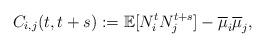
LaTeX: \begin{align*}{C}_{i,j}(t,t+s) := \mathbb{E}[N^{t}_i N^{t+s}_j] - \overline{\mu}_i \overline{\mu}_j,\end{align*}